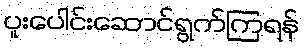
ပူးပေါင်းဆောင်ရွက်ကြရန်